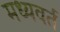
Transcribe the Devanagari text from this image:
मध्यवर्त